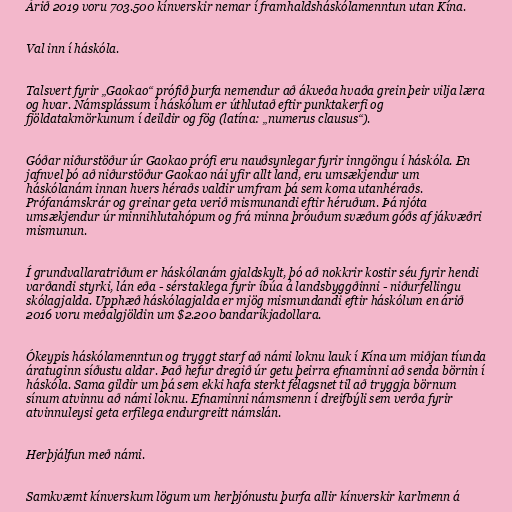
Árið 2019 voru 703.500 kínverskir nemar í framhaldsháskólamenntun utan Kína.

Val inn í háskóla.

Talsvert fyrir „Gaokao“ prófið þurfa nemendur að ákveða hvaða grein þeir vilja læra
og hvar. Námsplássum í háskólum er úthlutað eftir punktakerfi og
fjöldatakmörkunum í deildir og fög (latína: „numerus clausus“).

Góðar niðurstöður úr Gaokao prófi eru nauðsynlegar fyrir inngöngu í háskóla. En
jafnvel þó að niðurstöður Gaokao nái yfir allt land, eru umsækjendur um
háskólanám innan hvers héraðs valdir umfram þá sem koma utanhéraðs.
Prófanámskrár og greinar geta verið mismunandi eftir héruðum. Þá njóta
umsækjendur úr minnihlutahópum og frá minna þróuðum svæðum góðs af jákvæðri
mismunun.

Í grundvallaratriðum er háskólanám gjaldskylt, þó að nokkrir kostir séu fyrir hendi
varðandi styrki, lán eða - sérstaklega fyrir íbúa á landsbyggðinni - niðurfellingu
skólagjalda. Upphæð háskólagjalda er mjög mismundandi eftir háskólum en árið
2016 voru meðalgjöldin um $2.200 bandaríkjadollara.

Ókeypis háskólamenntun og tryggt starf að námi loknu lauk í Kína um miðjan tíunda
áratuginn síðustu aldar. Það hefur dregið úr getu þeirra efnaminni að senda börnin í
háskóla. Sama gildir um þá sem ekki hafa sterkt félagsnet til að tryggja börnum
sínum atvinnu að námi loknu. Efnaminni námsmenn í dreifbýli sem verða fyrir
atvinnuleysi geta erfilega endurgreitt námslán.

Herþjálfun með námi.

Samkvæmt kínverskum lögum um herþjónustu þurfa allir kínverskir karlmenn á